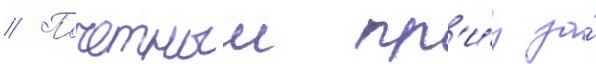
// Почетныи пр'и́з за́